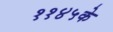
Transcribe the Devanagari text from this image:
११४५के